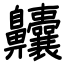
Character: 齉